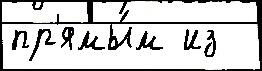
пр'ямы́м из